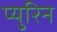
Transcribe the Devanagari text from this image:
प्युरिन